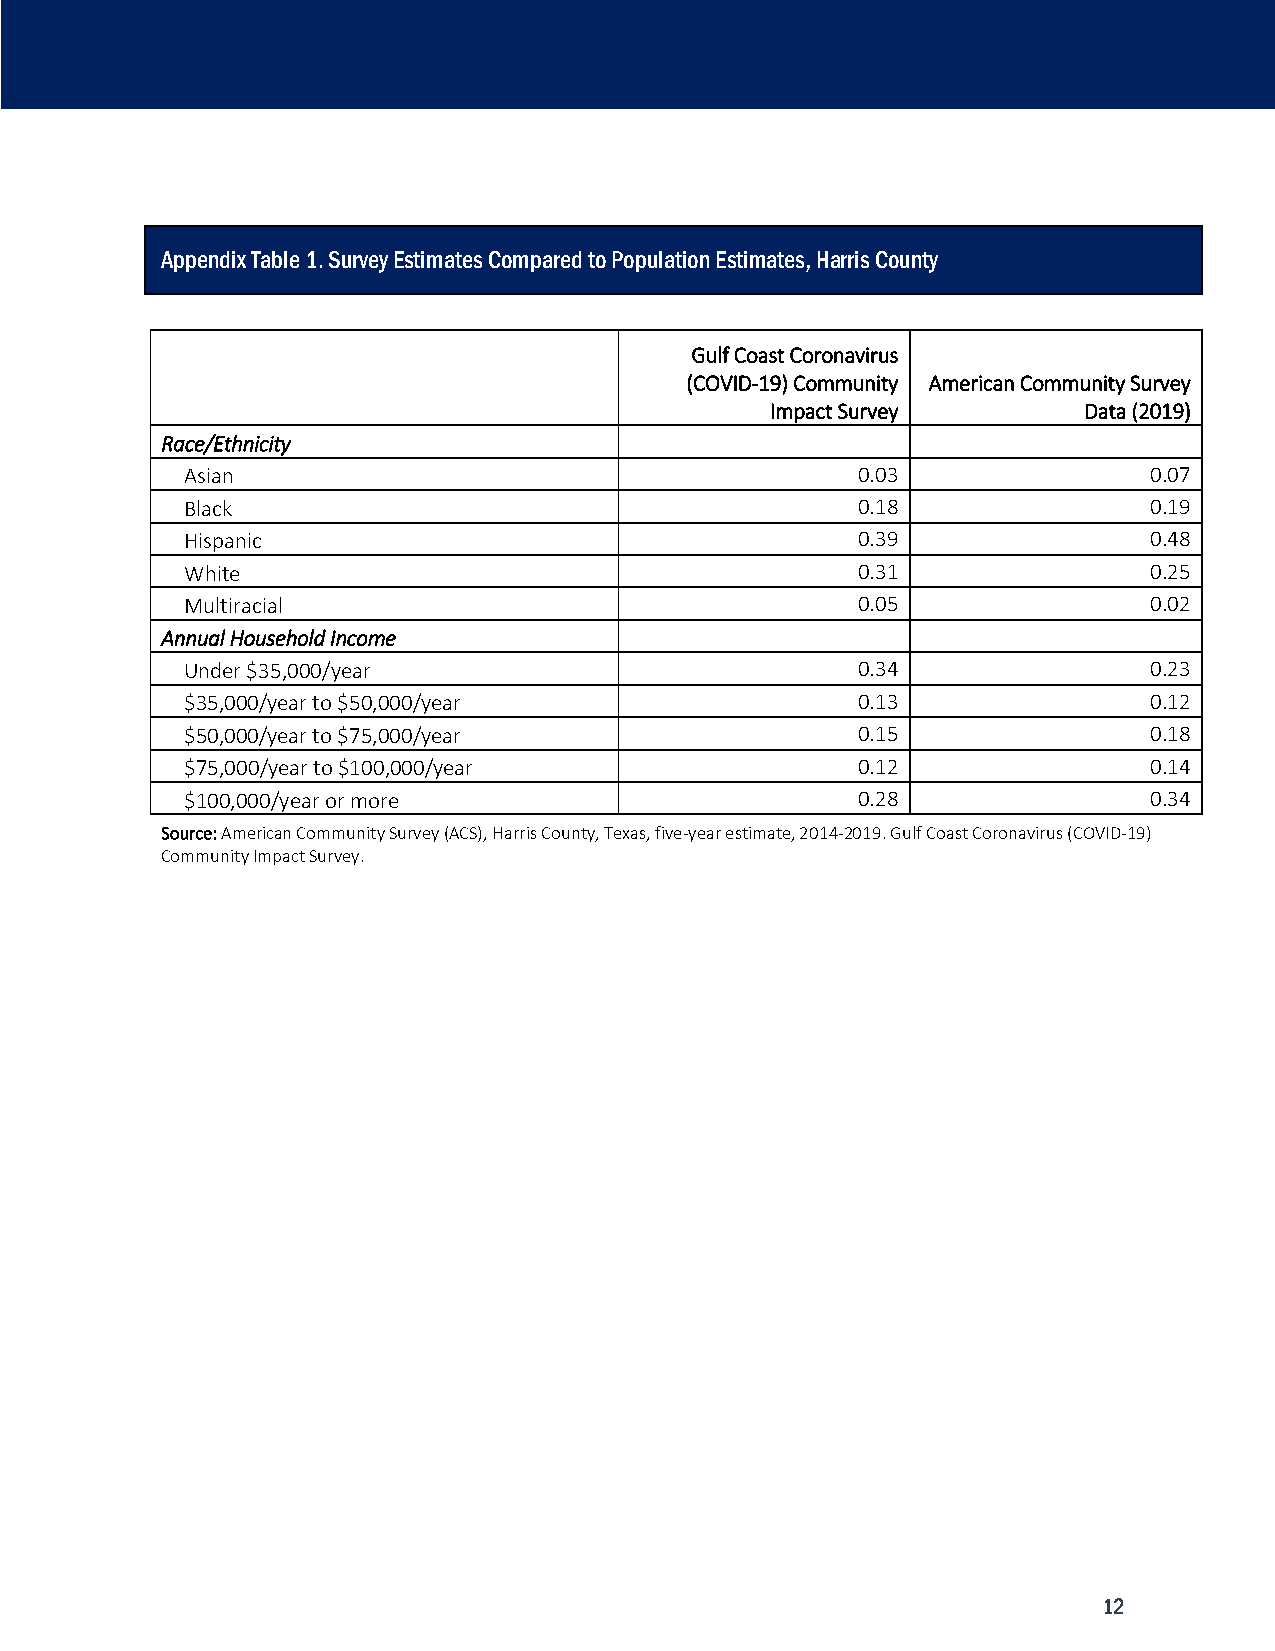
Appendix Table 1. Survey Estimates Compared to Population Estimates, Harris County
 Gulf Coast Coronavirus
 (COVID-19) Community American Community Survey
 Impact Survey        Data (2019)
 Race/Ethnicity
 Asian                                        0.03               0.07
 Black                                        0.18               0.19
 Hispanic                                     0.39               0.48
 White                                        0.31               0.25
 Multiracial                                  0.05               0.02
 Annual Household Income
 Under $35,000/year                           0.34               0.23
 $35,000/year to $50,000/year                 0.13               0.12
 $50,000/year to $75,000/year                 0.15               0.18
 $75,000/year to $100,000/year                0.12               0.14
 $100,000/year or more                        0.28               0.34
 Source: American Community Survey (ACS), Harris County, Texas, five-year estimate, 2014-2019. Gulf Coast Coronavirus (COVID-19)
 Community Impact Survey.
 12